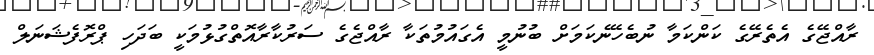
ރާއްޖޭގެ އެތެރޭގެ ކަންކަމާ ނުބެހޭނެކަމަށް ބުނުމީ އެގައުމުތަކާ ރާއްޖެގެ ސަރުކާރާއޮތްގުޅުމަކީ ބަދަހި ޕްރޮފެޝަނަލް